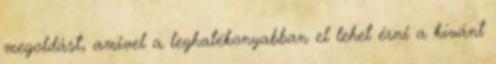
megoldást, amivel a leghatékonyabban el lehet érni a kívánt